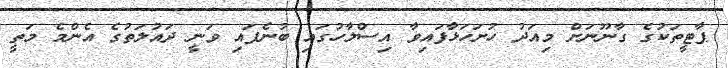
ޕާޓީތަކުގެ ގާނޫނަށް މިއަދު ހުށަހަޅާފައިވާ އިސްލާހުގައި ބުނެފައި ވަނީ ދައުލަތުގެ އެންމެ މަތީ